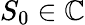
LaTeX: S_{0}\in\mathbb{C}